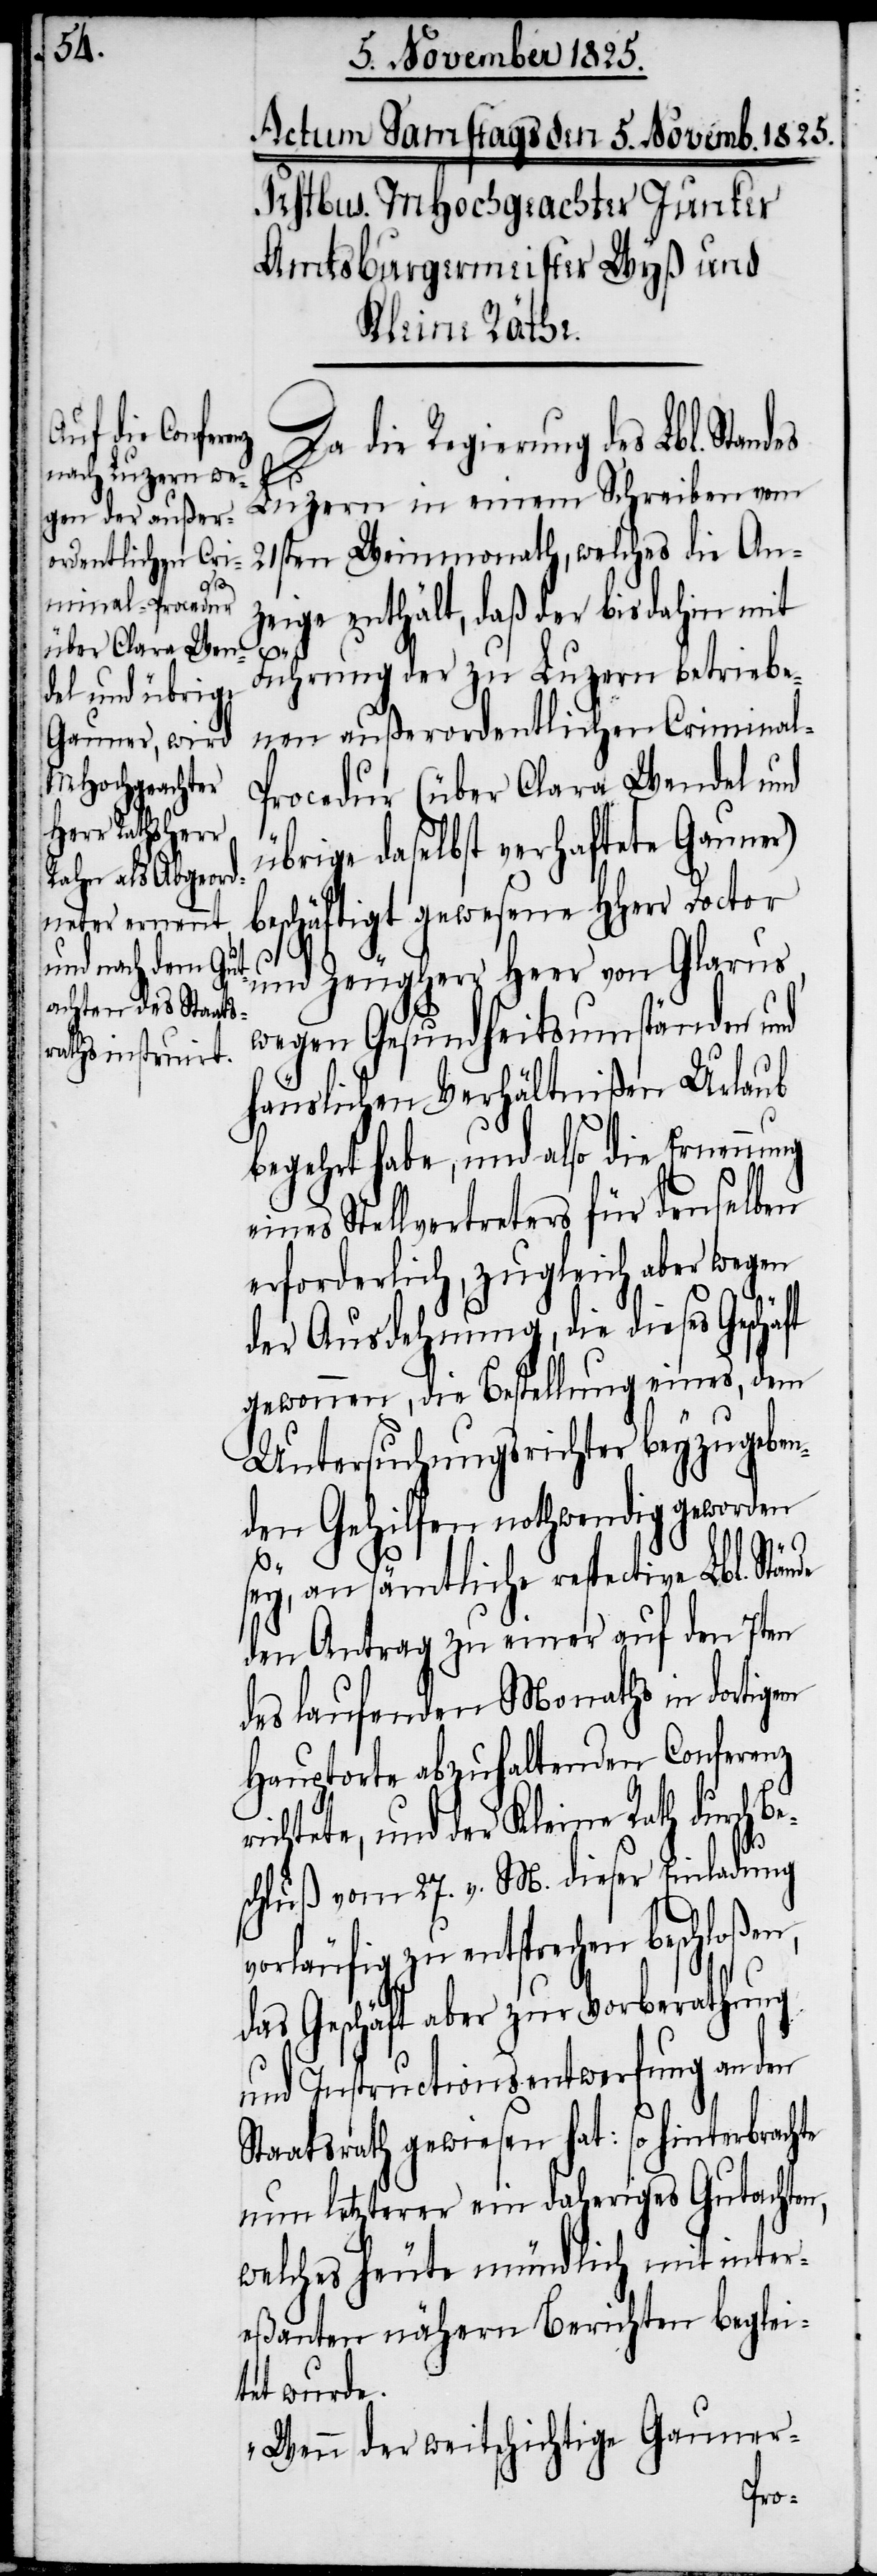
des

Da die Regierung des Lbl. Stan¬
Luzern in einem Schreiben vom
21sten Weinmonath, welches die An¬
zeige enthält, daß der bis dahin mit
Führung der zu Luzern betriebe¬
nen außerordentlichen Crimina¬
l-Procedur (über Clara Wendel und
übrige daselbst verhaftete Gauner)
beschäftigt gewesene HHerr Doctor
und Zeugherr Heer von Glarus,
wegen Gesundheitsumständen und
häuslichen Verhältnißen Urlaub
begehrt habe, und also die Ernennung
eines Stellvertreters für denselben
erforderlich, zugleich aber wegen
der Ausdehnung, die dieses
gewonnen, die Bestellung eines, dem
Untersuchungsrichter beyzugeben¬
den Gehilfen nothwendig geworden
te
sey, an sämtliche respective Lbl. Stände
den Antrag zu einer auf den 7ten
des laufenden Monaths in dortigem
Hauptorte abzuhaltenden Conferenz
ichtete, und der Kleine Rath durch B¬
schluß vom 27. v. M. dieser Einladung
vorläufig zu entsprechen beschloßen,
das Geschäft aber zur Vorberathung
und Instructionsentwerfung an den
Staatsrath gewiesen hat: so hinterbrach¬
nun letzterer ein daheriges Gutachten,
welches heute mündlich mit inter¬
eßanten nähern Berichten beglei¬
tet wurde.
„Wenn der weitschichtige Gauner-